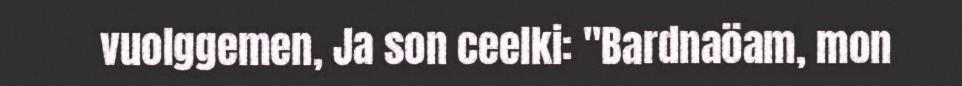
vuolggemen, Ja son ceelki: "Bardnaöam, mon